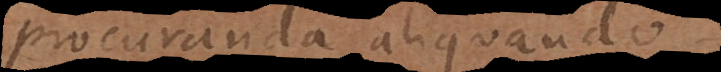
procuranda aliquando